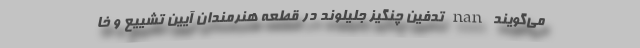
می‌گویند nan تدفین چنگیز جلیلوند در قطعه هنرمندان آیین تشییع و خا